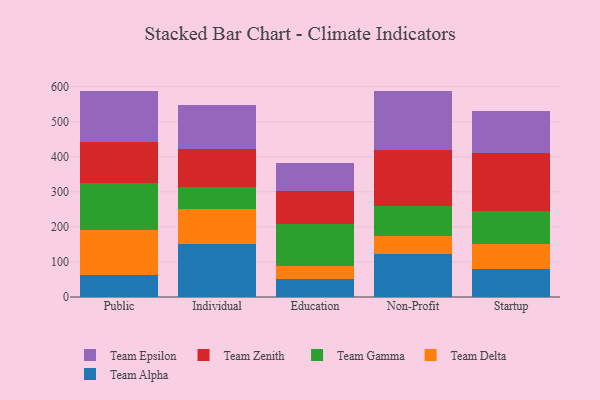
{"axis": {"x": "Segment", "y": "Inventory Turnover"}, "legend": ["Team Alpha", "Team Delta", "Team Epsilon", "Team Gamma", "Team Zenith"], "data": [{"x": "Public", "y": 62.4, "type": "Team Alpha"}, {"x": "Public", "y": 130.1, "type": "Team Delta"}, {"x": "Public", "y": 131.8, "type": "Team Gamma"}, {"x": "Public", "y": 116.9, "type": "Team Zenith"}, {"x": "Public", "y": 146.9, "type": "Team Epsilon"}, {"x": "Individual", "y": 151.0, "type": "Team Alpha"}, {"x": "Individual", "y": 100.3, "type": "Team Delta"}, {"x": "Individual", "y": 63.8, "type": "Team Gamma"}, {"x": "Individual", "y": 107.9, "type": "Team Zenith"}, {"x": "Individual", "y": 123.6, "type": "Team Epsilon"}, {"x": "Education", "y": 52.1, "type": "Team Alpha"}, {"x": "Education", "y": 36.7, "type": "Team Delta"}, {"x": "Education", "y": 119.5, "type": "Team Gamma"}, {"x": "Education", "y": 94.8, "type": "Team Zenith"}, {"x": "Education", "y": 78.5, "type": "Team Epsilon"}, {"x": "Non-Profit", "y": 121.3, "type": "Team Alpha"}, {"x": "Non-Profit", "y": 53.8, "type": "Team Delta"}, {"x": "Non-Profit", "y": 84.7, "type": "Team Gamma"}, {"x": "Non-Profit", "y": 159.8, "type": "Team Zenith"}, {"x": "Non-Profit", "y": 168.3, "type": "Team Epsilon"}, {"x": "Startup", "y": 79.6, "type": "Team Alpha"}, {"x": "Startup", "y": 72.0, "type": "Team Delta"}, {"x": "Startup", "y": 94.5, "type": "Team Gamma"}, {"x": "Startup", "y": 165.8, "type": "Team Zenith"}, {"x": "Startup", "y": 118.9, "type": "Team Epsilon"}]}